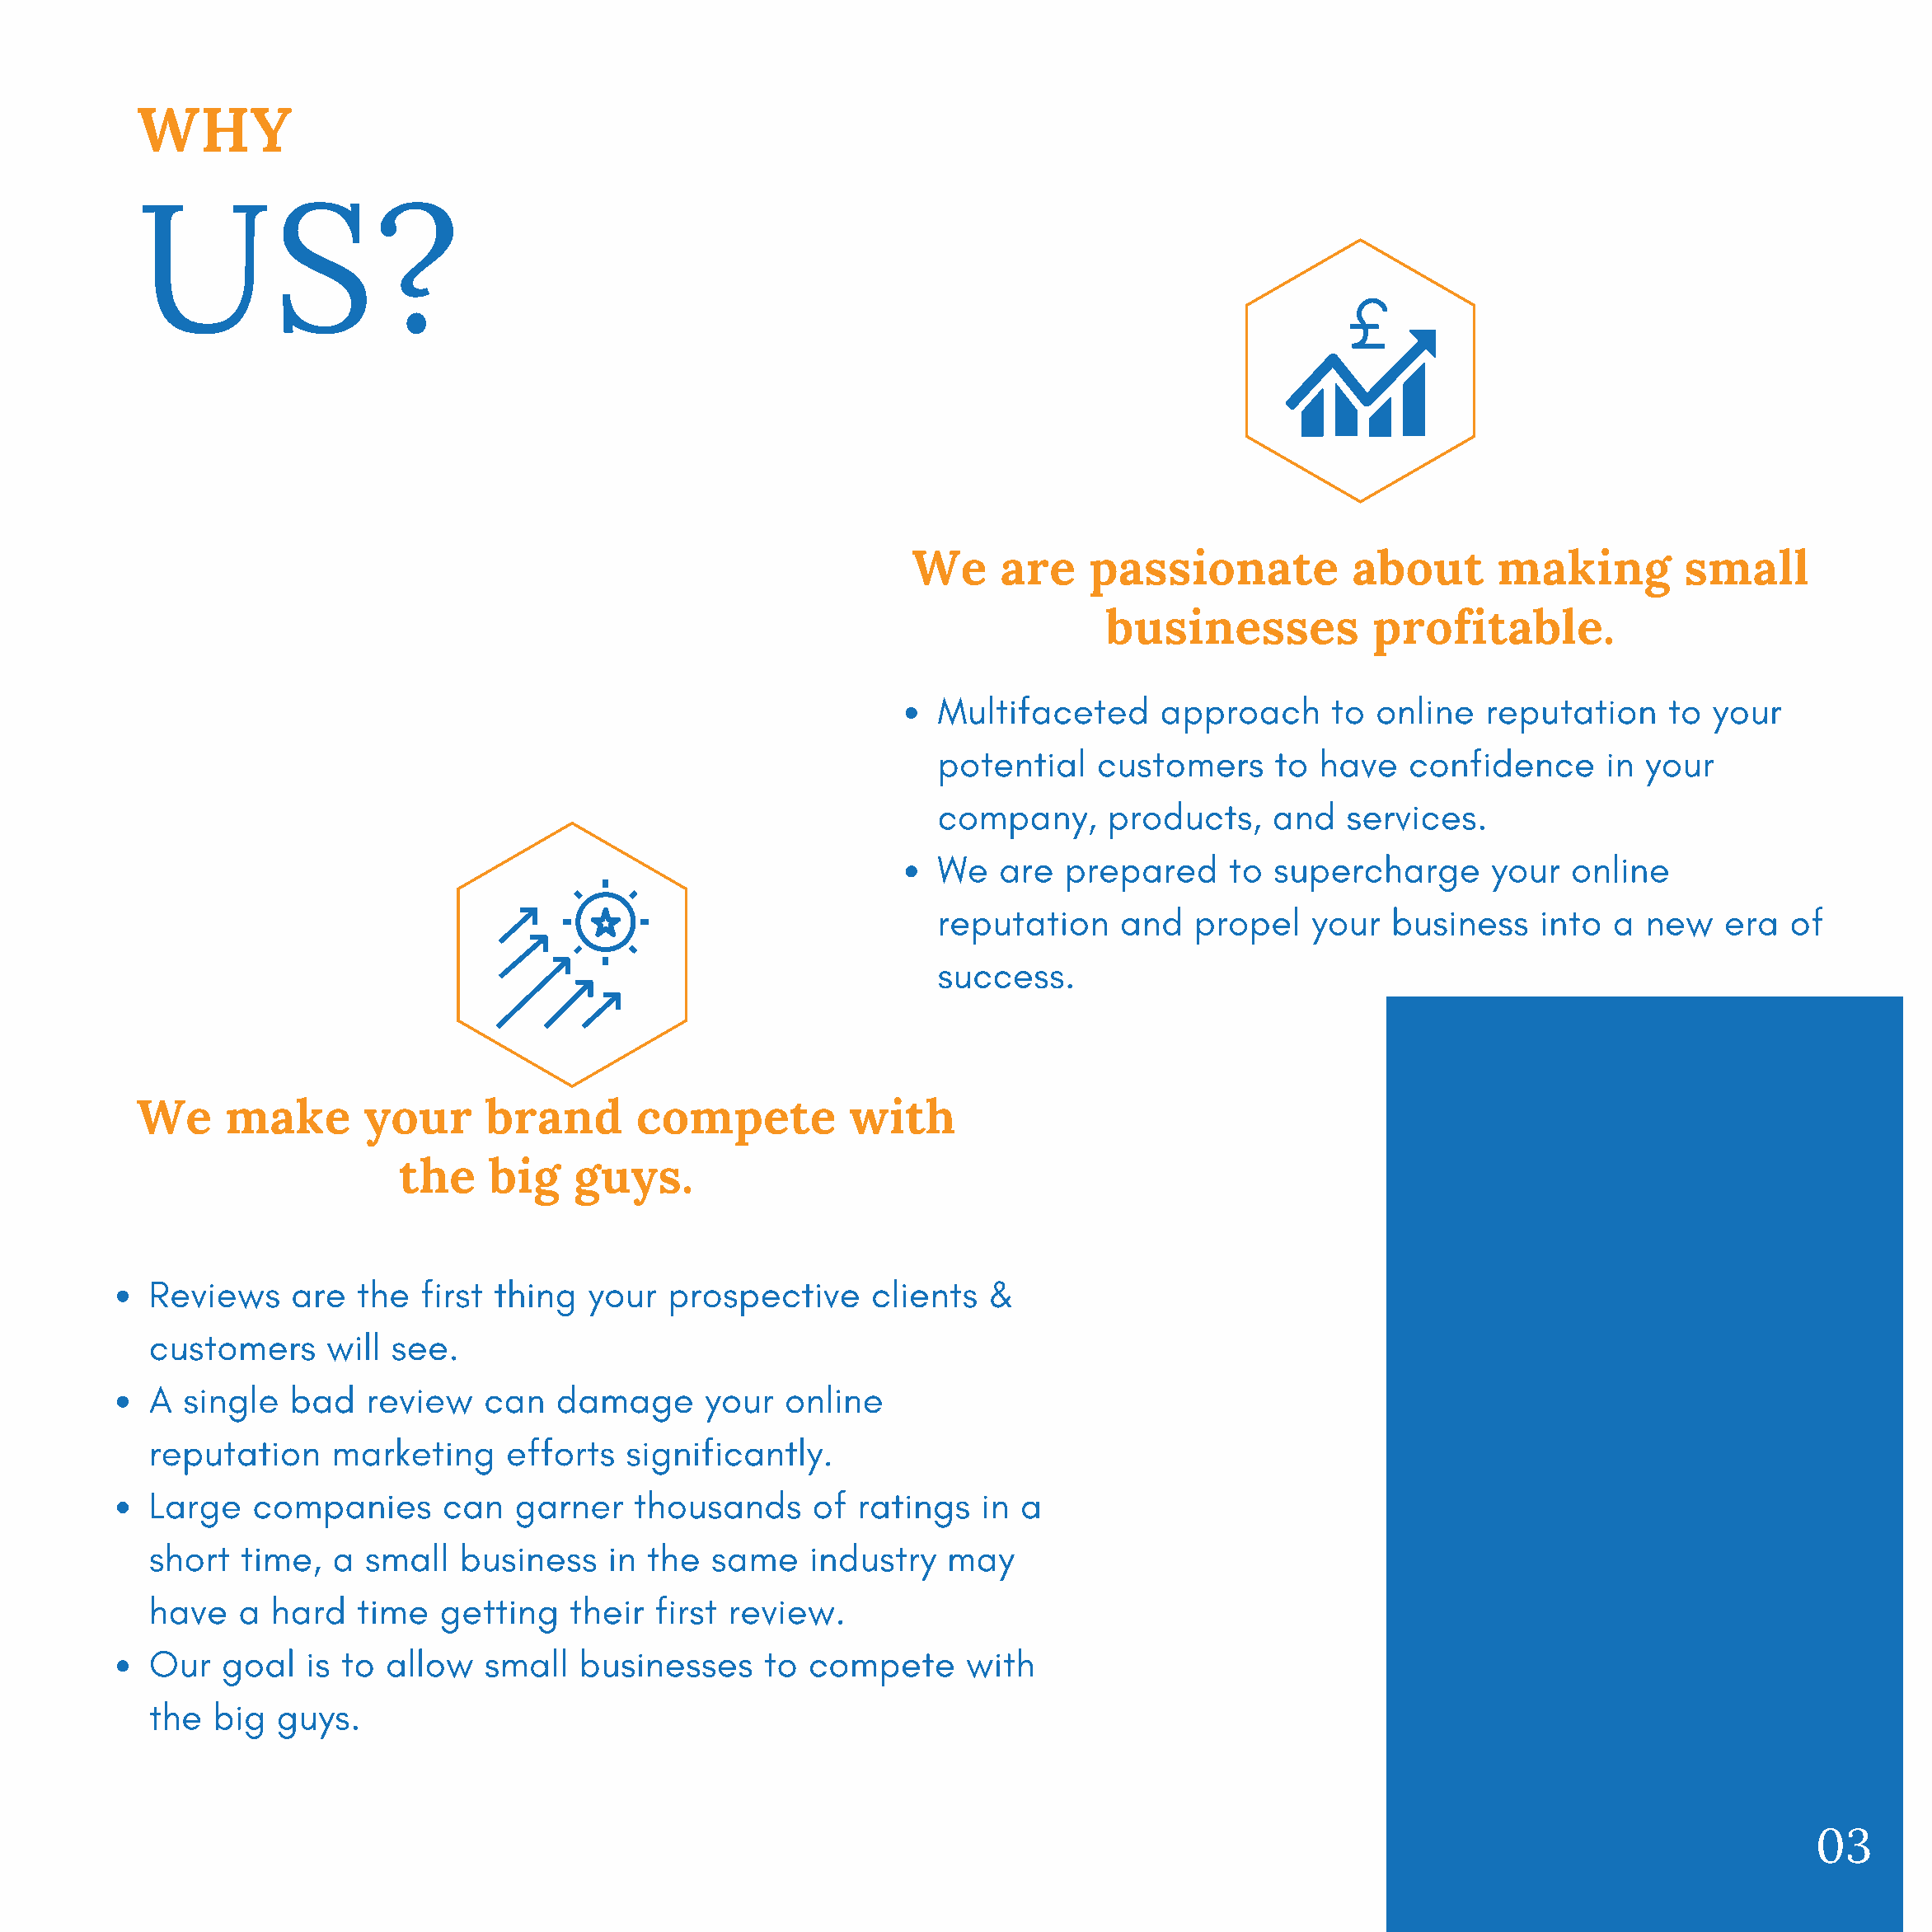
WHY
 US?
 We     are    passionate            about      making         small
 businesses           profitable.
 Multifaceted      approach      to online   reputation     to  your
 potential    customers     to  have   confidence      in your
 company,      products,    and   services.
 We   are   prepared     to supercharge       your  online
 reputation     and   propel   your   business    into  a new   era   of
 success.
 We     make       your      brand       compete          with
 the    big    guys.
 Reviews    are   the  first thing  your   prospective     clients  &
 customers     will see.
 A  single  bad   review    can   damage      your  online
 reputation     marketing     efforts  significantly.
 Large   companies       can  garner    thousands     of  ratings   in a
 short  time,   a small   business    in the  same    industry   may
 have   a  hard   time  getting    their  first review.
 Our   goal   is to allow   small   businesses    to  compete      with
 the  big  guys.
 03